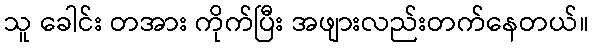
သူ ခေါင်း တအား ကိုက်ပြီး အဖျားလည်းတက်နေတယ်။